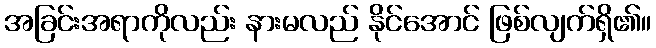
အခြင်းအရာကိုလည်း နားမလည် နိုင်အောင် ဖြစ်လျက်ရှိ၏။